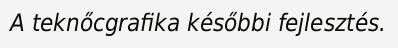
A teknőcgrafika későbbi fejlesztés.